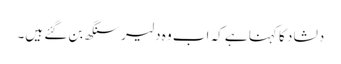
دلشاد کا کہنا ہے کہ اب وہ دلیر سنگھ بن گئے ہیں۔